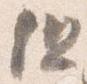
但